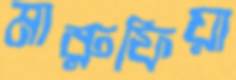
মারুফিয়া